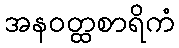
အနဝတ္ထစာရိကံ